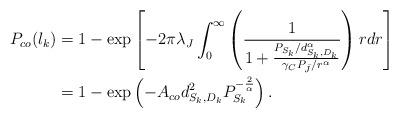
LaTeX: \begin{align*}P_{co}(l_k) &=1-\exp\left[-2\pi \lambda_J \int_{0}^{\infty}\left( \frac {1}{1+\frac {P_{S_k}/d_{S_k,D_k}^\alpha}{\gamma_C P_{\bar{J}}/r^\alpha}}\right)rdr\right] \\&=1- \exp\left(-A_{co} d_{S_k, D_k}^2 P_{S_k}^{-\frac{2}{\alpha}}\right). \end{align*}